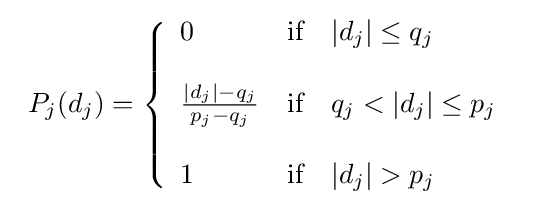
{\begin{array}{cc}P_{j}(d_{j})=\left\{{\begin{array}{lll}0&{\text{if}}&|d_{j}|\leq q_{j}\\\\{\frac {|d_{j}|-q_{j}}{p_{j}-q_{j}}}&{\text{if}}&q_{j}<|d_{j}|\leq p_{j}\\\\1&{\text{if}}&|d_{j}|>p_{j}\\\end{array}}\right.\end{array}}